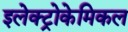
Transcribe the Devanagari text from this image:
इलेक्ट्रोकेमिकल